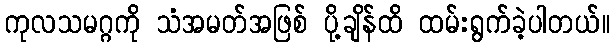
ကုလသမဂ္ဂကို သံအမတ်အဖြစ် ပို့ချိန်ထိ ထမ်းရွက်ခဲ့ပါတယ်။